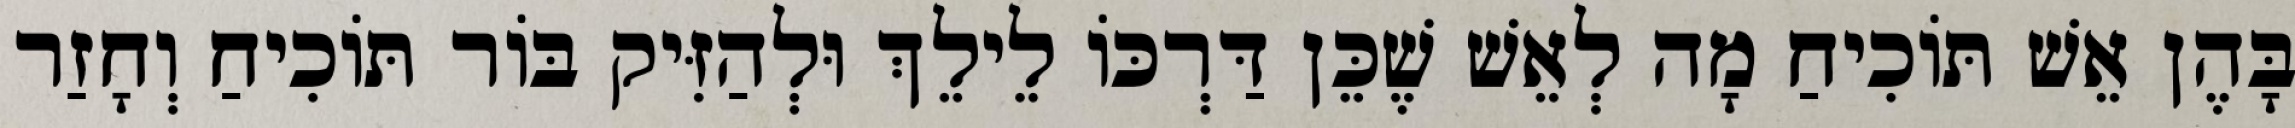
בָּהֶן אֵשׁ תּוֹכִיחַ מָה לְאֵשׁ שֶׁכֵּן דַּרְכּוֹ לֵילֵךְ וּלְהַזִּיק בּוֹר תּוֹכִיחַ וְחָזַר